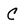
Character: C